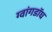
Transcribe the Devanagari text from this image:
ग्वांगडॉघ